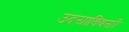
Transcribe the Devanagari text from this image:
उदयाविषयी